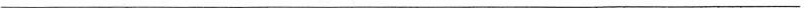
___